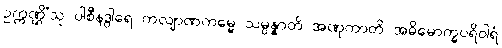
ဥက္ကဏ္ဌိံသု ပါစီနဒွါရေ ကလျာဏကမ္မေ သမ္ပန္နာတိ အဏုကာတိ အဓိမောက္ခပရိဝါရံ